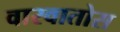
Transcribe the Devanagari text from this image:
वारवातोस